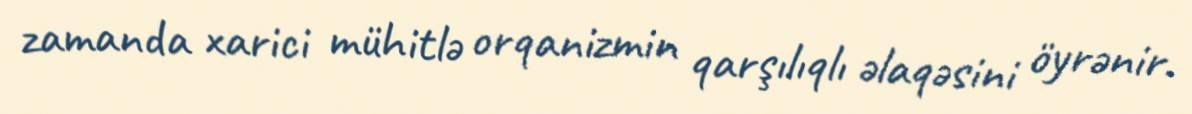
zamanda xarici mühitlə orqanizmin qarşılıqlı əlaqəsini öyrənir.